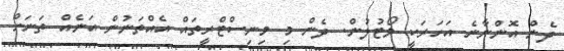
ދެން އޮންނާނެ އަހަރަކީ ވޯޓުލުން. ދެން މި މިނިސްޓްރީތައް އެއްތަނުން އަނެއް ތަަނަށް